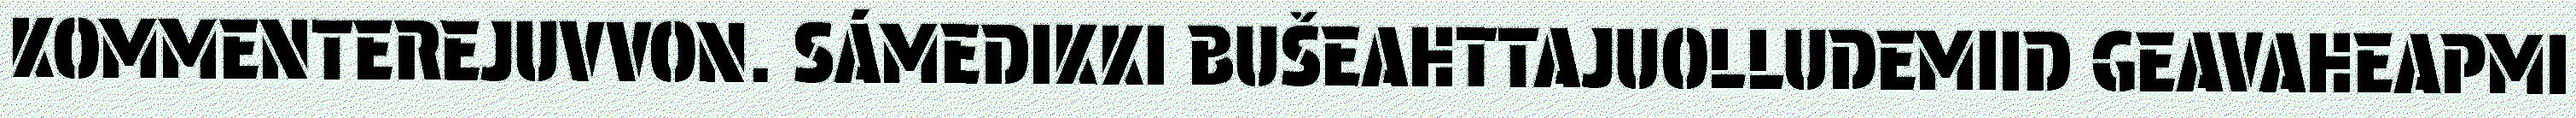
KOMMENTEREJUVVON. SÁMEDIKKI BUŠEAHTTAJUOLLUDEMIID GEAVAHEAPMI